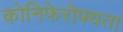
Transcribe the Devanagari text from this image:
कोनिफेरोफ्यता